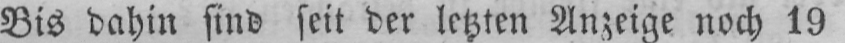
Bis dahin sind seit der letzten Anzeige noch 19